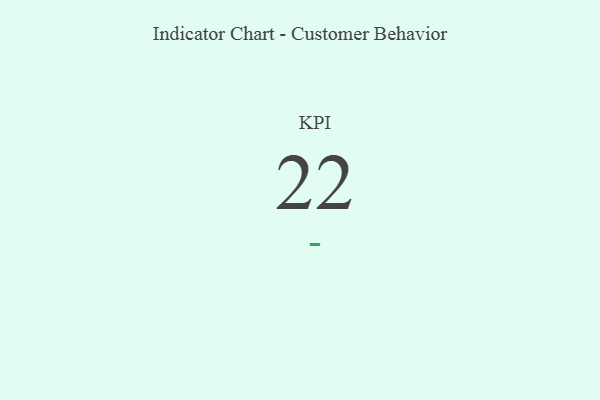
{"axis": {"x": "KPI", "y": "Value"}, "legend": [""], "data": [{"x": "KPI", "y": 22, "type": ""}]}